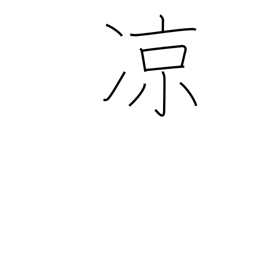
Meaning: nice and cool